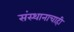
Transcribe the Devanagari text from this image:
संस्थानाचाही